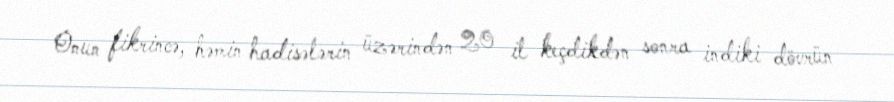
Onun fikrincə, həmin hadisələrin üzərindən 20 il keçdikdən sonra indiki dövrün